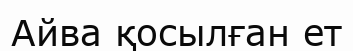
Айва қосылған ет